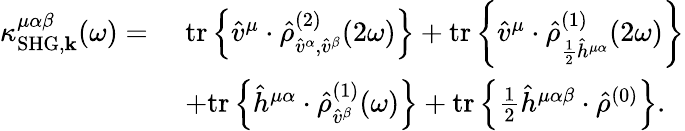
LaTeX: \begin{array}{rl}{\kappa_{\mathrm{SHG},\mathbf{k}}^{\mu\alpha\beta}(\omega)=\, \, }&{\mathrm{tr}\left\{ \hat{v}^{\mu}\cdot\hat{\rho}_{\hat{v}^{\alpha},\hat{v}^{\beta}}^{(2)}(2\omega)\right\} +\mathrm{tr}\left\{ \hat{v}^{\mu}\cdot\hat{\rho}_{\frac{1}{2}\hat{h}^{\mu\alpha}}^{(1)}(2\omega)\right\} }\\ &{+\mathrm{tr}\left\{ \hat{h}^{\mu\alpha}\cdot\hat{\rho}_{\hat{v}^{\beta}}^{(1)}(\omega)\right\} +\mathrm{tr}\left\{ \frac{1}{2}\hat{h}^{\mu\alpha\beta}\cdot\hat{\rho}^{(0)}\right\} \mathrm{.}}\end{array}